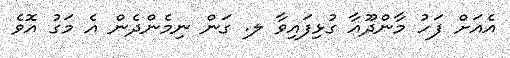
އެއަށް ފަހު މާންދޫއާ ގުޅިފައިވާ ލ. ގަން ނިމެންދެން އެ މަގު އޮވެ